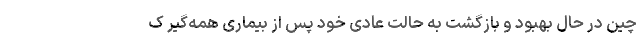
چین در حال بهبود و بازگشت به حالت عادی خود پس از بیماری همه‌گیر ک